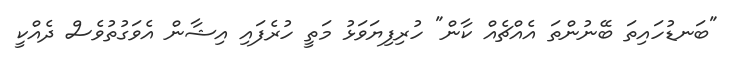
"ބަނޑުހައިތަ ބޭނުންތަ އެއްޗެއް ކާން" ހުރިފިޔަވަޅު މަތީ ހުރެފައި އިޝާން އެވަގުތުވެސް ދެއްކީ